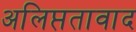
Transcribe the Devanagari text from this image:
अलिप्ततावाद